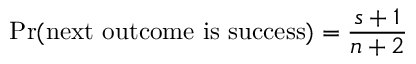
\operatorname* { P r } ( { \mathrm { n e x t ~ o u t c o m e ~ i s ~ s u c c e s s } } ) = { \frac { s + 1 } { n + 2 } }